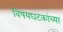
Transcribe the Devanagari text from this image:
विषयघटकांच्या